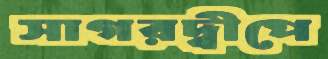
সাগরদ্বীপে